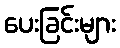
ပေးခြင်းများ